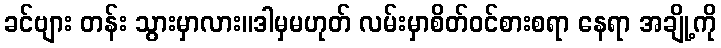
ခင်ဗျား တန်း သွားမှာလား။ဒါမှမဟုတ် လမ်းမှာစိတ်ဝင်စားစရာ နေရာ အချို့ကို